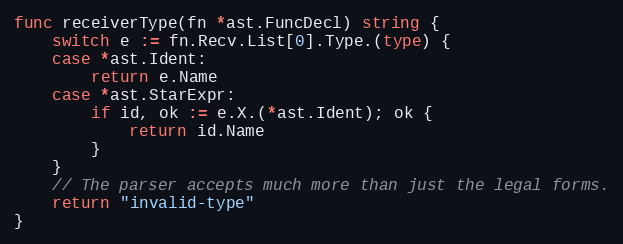
Language: Go
func receiverType(fn *ast.FuncDecl) string {
	switch e := fn.Recv.List[0].Type.(type) {
	case *ast.Ident:
		return e.Name
	case *ast.StarExpr:
		if id, ok := e.X.(*ast.Ident); ok {
			return id.Name
		}
	}
	// The parser accepts much more than just the legal forms.
	return "invalid-type"
}